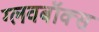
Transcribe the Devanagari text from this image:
ग्लवबॉक्स